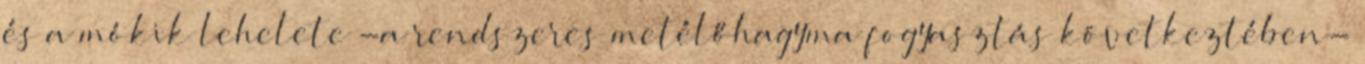
és a mókik lehelete -a rendszeres metélőhagyma fogyasztás következtében-